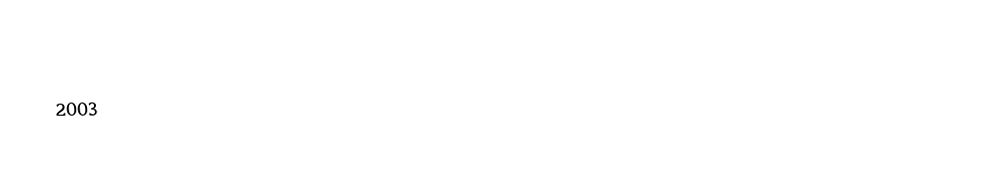

2003